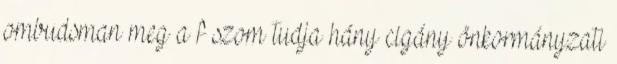
ombudsman meg a f szom tudja hány cigány önkormányzati